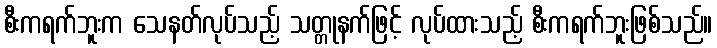
စီးကရက်ဘူးက သေနတ်လုပ်သည့် သတ္တုနက်ဖြင့် လုပ်ထားသည့် စီးကရက်ဘူးဖြစ်သည်။